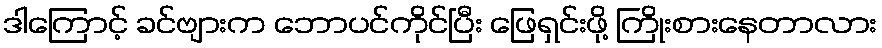
ဒါကြောင့် ခင်ဗျားက ဘောပင်ကိုင်ပြီး ဖြေရှင်းဖို့ ကြိုးစားနေတာလား